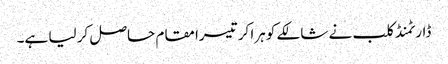
ڈارٹمنڈ کلب نے شالکے کو ہرا کر تیسرا مقام حاصل کر لیا ہے۔